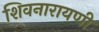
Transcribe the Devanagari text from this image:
शिवनारायणी